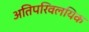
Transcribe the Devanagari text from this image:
अतिपरिवलयिक